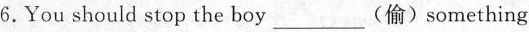
6.You should stop the boy___(偷) something